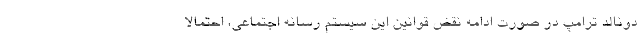
دونالد ترامپ در صورت ادامه نقض قوانین این سیستم رسانه اجتماعی، احتمالا